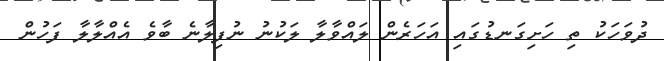
ދުވަހަކު ތި ހަށިގަނޑުގައި އަހަރެން ލައްވާލާ ލަކުނު ނުފިލާނެ ބާވެ އެއްލާލާ ފަހުން